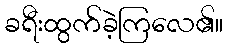
ခရီးထွက်ခဲ့ကြလေ၏။